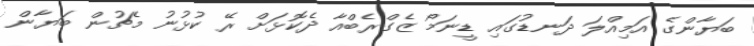
ބަޔާންގެ އަމިއްލަ ދަނޑުގައި ޑީނަމޯ ޒެގްރެބްއާ ދެކޮޅަށް ރޭ ކުޅުނު މެޗުން ބަޔާން